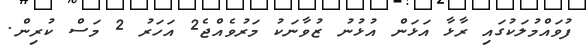
ފުވައްމުލަކުގައި ރާޅާ އަޅަން އުޅުނު ޒުވާނަކު މަރުވެއްޖެ2 އަހަރު 2 މަސް ކުރިން.